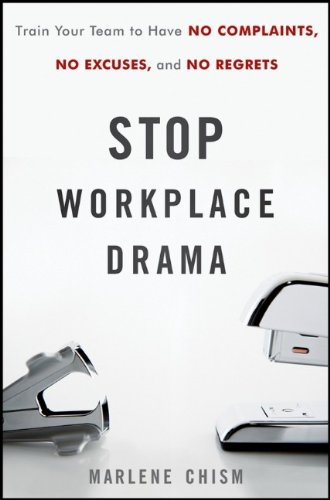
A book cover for Stop Workplace Drama: Train Your Team to have No Complaints, No Excuses, and No Regrets; Marlene Chism; Business & Money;